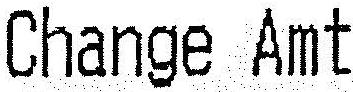
CHANGE AMT